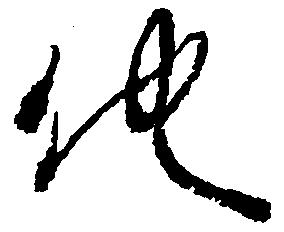
他